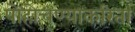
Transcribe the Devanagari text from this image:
पोहोचण्याकरिता